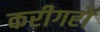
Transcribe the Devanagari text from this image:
करीगरों